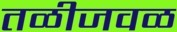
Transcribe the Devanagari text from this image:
तळीजवळ